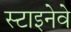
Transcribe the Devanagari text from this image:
स्टाइनेवे